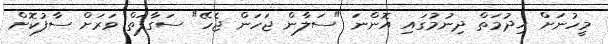
މީހުނަށް ޚިދުމަތް ދިނުމުގައި އޮންނަ "ސަލާން ޖަހަން ޖެހޭ" ސަގާފަތް ވަރަށް ސާފުކޮށް